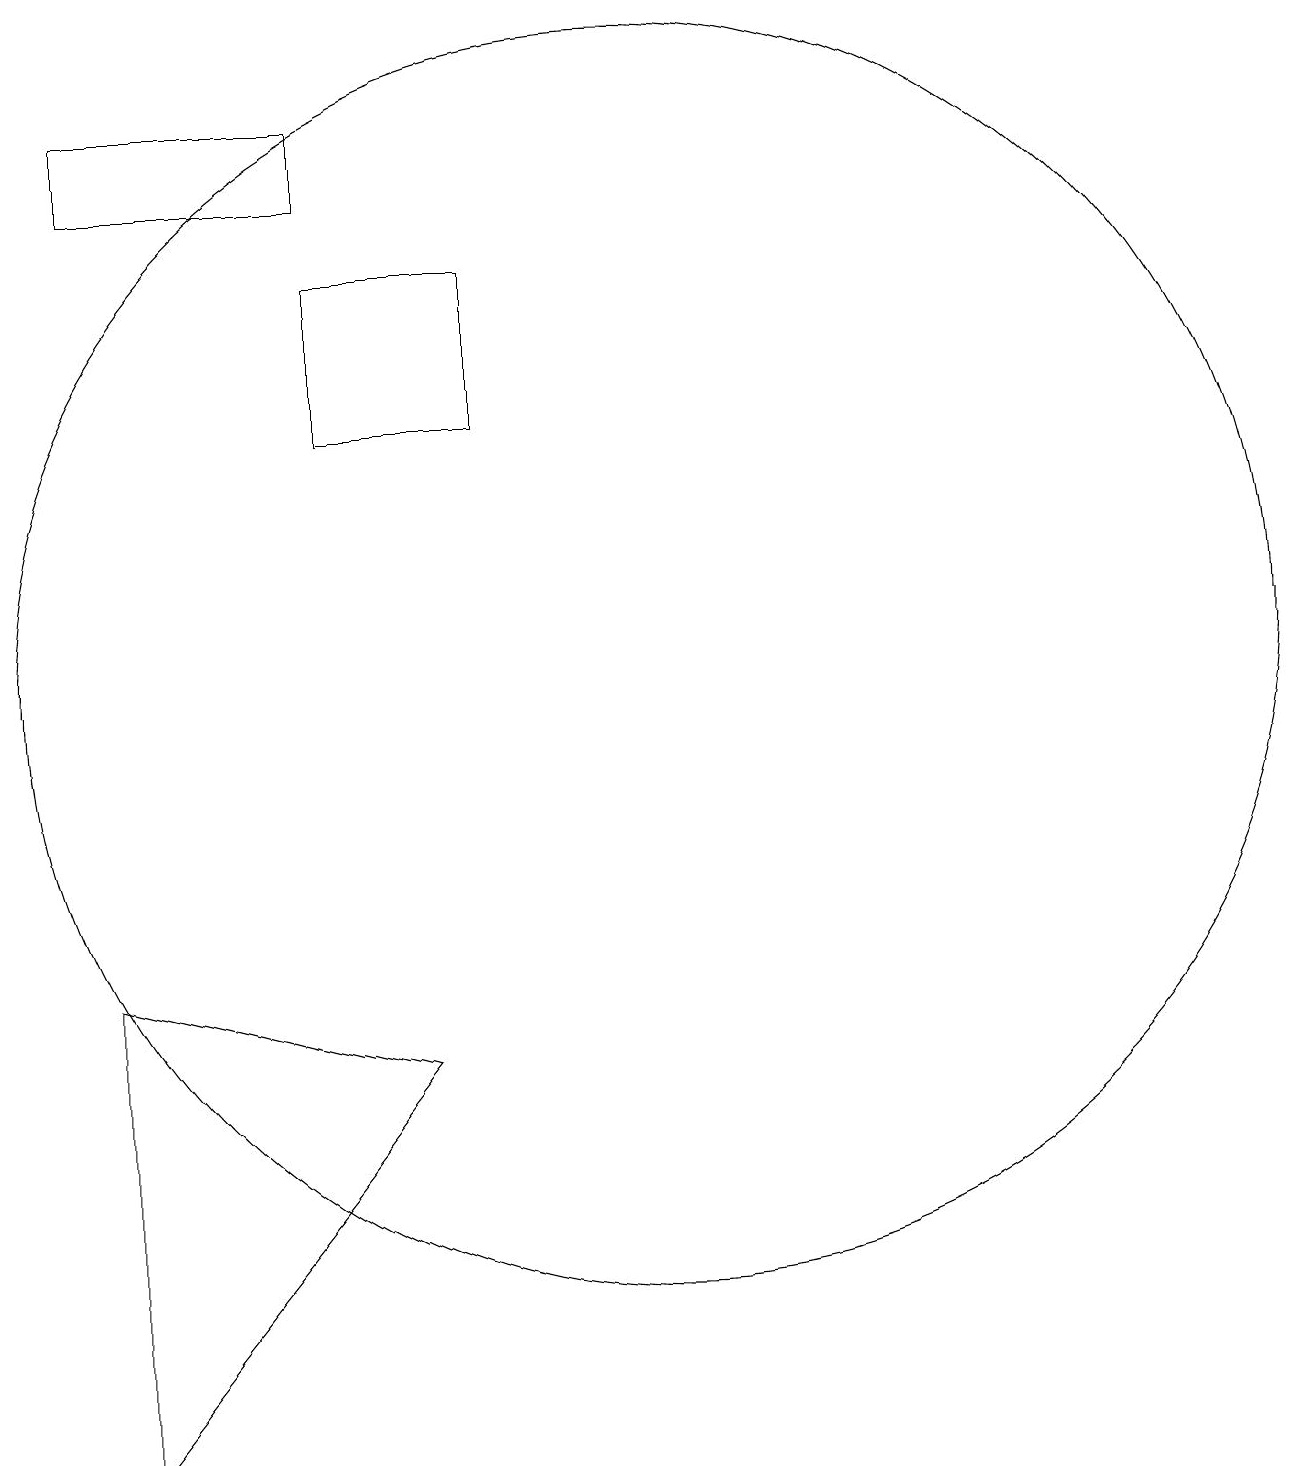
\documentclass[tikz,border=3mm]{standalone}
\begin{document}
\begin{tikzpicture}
\draw (3,18) rectangle (6,17);
\draw (6,14) rectangle (8,16);
\draw (10,11) circle (8);
\draw (7,6) -- (3,7) -- (3,1) -- cycle;
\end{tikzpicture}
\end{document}